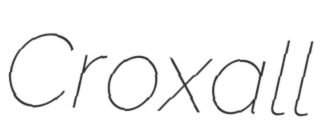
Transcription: Croxall